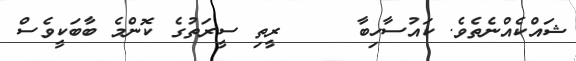
ޝައްކެއްނެތެވެ. ކައުސާހިބާ     ރީތި ސީރަތުގެ ކޮންމެ ބާބަކީވެސް